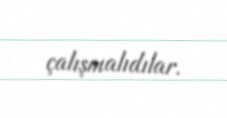
çalışmalıdılar.